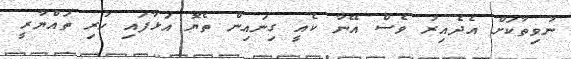
ނުވިތާކަށް އެދެއިރު ވެސް އޭނާ ކެއީ ގިނައިން ތެޔޮ އަޅާފައި ހުރި ތައްޔާރީ